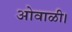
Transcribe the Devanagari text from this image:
ओवाळी।